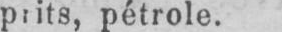
prits, pétrole.